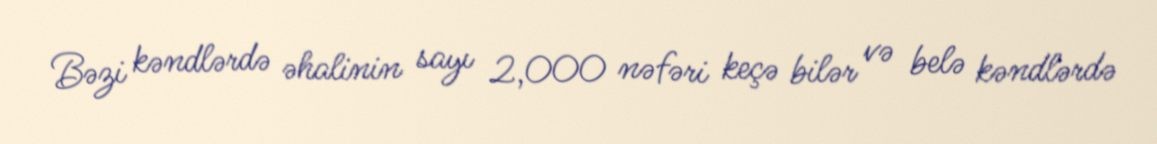
Bəzi kəndlərdə əhalinin sayı 2,000 nəfəri keçə bilər və belə kəndlərdə